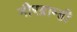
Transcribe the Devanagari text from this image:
नीरब्राम्‍ही